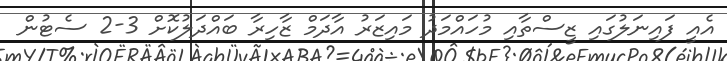
އެއީ ފައިނަލުގައި ޒީސްތާއި މުހައްމަދު މައިޒަރު އާދަމް ޒާހިރާ ބައްދަލުކޮށް 3-2 ސެޓުން